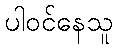
ပါဝင်နေသူ